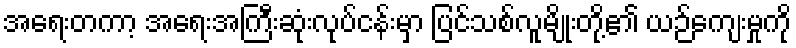
အရေးတကာ့ အရေးအကြီးဆုံးလုပ်ငန်းမှာ ပြင်သစ်လူမျိုးတို့၏ ယဉ်ကျေးမှုကို